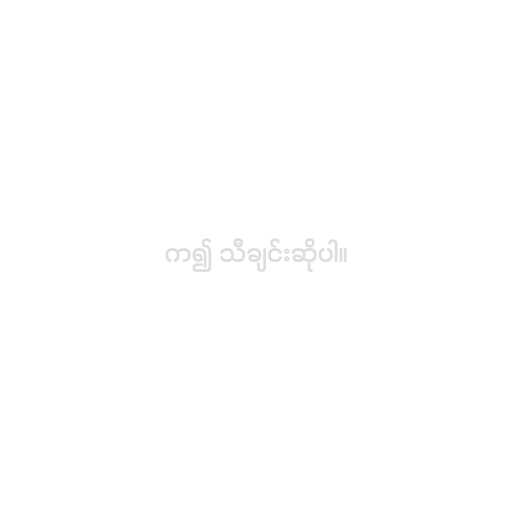
က၍ သီချင်းဆိုပါ။